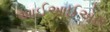
આઈઆઈએસ